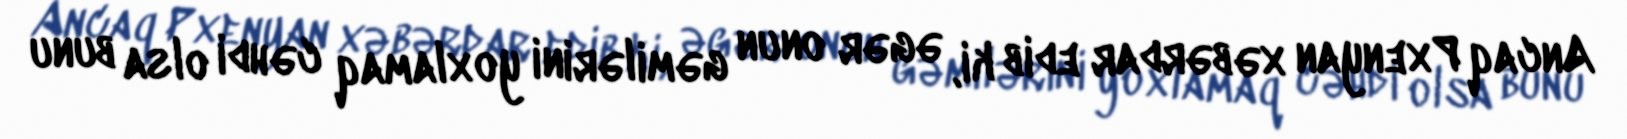
Ancaq Pxenyan xəbərdar edib ki, əgər onun gəmilərini yoxlamaq cəhdi olsa bunu